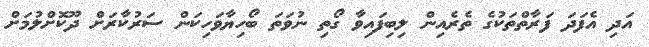
އަދި އެފަދަ ފަރާތްތަކުގެ ތެރެއިން ލިބިފައިވާ ގޯތި ނުވަތަ ބޯހިޔާވަހިކަން ސަރުކާރަށް ދޫކޮށްލުމަށް